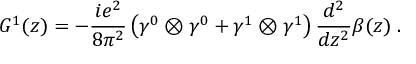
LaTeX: G ^ { 1 } ( z ) = - \frac { i e ^ { 2 } } { 8 \pi ^ { 2 } } \left( \gamma ^ { 0 } \otimes \gamma ^ { 0 } + \gamma ^ { 1 } \otimes \gamma ^ { 1 } \right) \frac { d ^ { 2 } } { d z ^ { 2 } } \beta ( z ) \; .